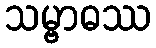
သမ္ဗာဓဿ